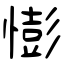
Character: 憉